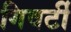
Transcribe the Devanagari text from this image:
गिवर्टी